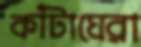
কাঁটাঘেরা